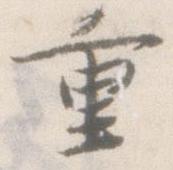
重